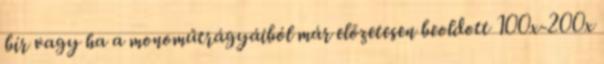
bír vagy ha a monoműtrágyáiból már előzetesen beoldott 100x-200x